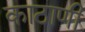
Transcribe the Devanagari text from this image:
काठाणी